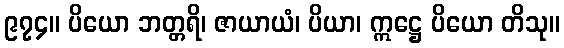
၉၇၄။ ပိယော ဘတ္တရိ၊ ဇာယာယံ၊ ပိယာ၊ ဣဋ္ဌေ ပိယော တိသု။